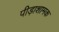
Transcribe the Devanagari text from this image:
पीड़ाशामक